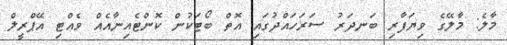
މާލެ: މާލޭގެ ވިޔަފާރި ބަނދަރު ސަރަހައްދުގައި އޮތް ބޯޓަކުން ކޮންޓެއިނާއެއް ވެއްޓި އޭޕްރީލް